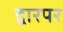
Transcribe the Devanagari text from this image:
द्वारपर